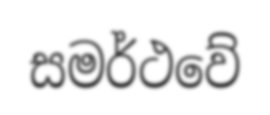
සමර්ථවේ